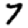
Digit: 7